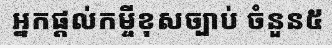
អ្នកផ្តល់កម្ចីខុសច្បាប់ ចំនួន៥